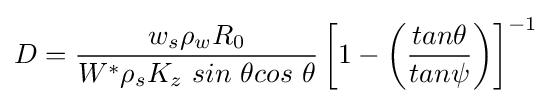
D={\frac {w_{s}\rho _{w}R_{0}}{W^{\ast }\rho _{s}K_{z}\ sin\ \theta cos\ \theta }}\left[1-\left({\frac {tan\theta }{tan\psi }}\right)\right]^{-1}